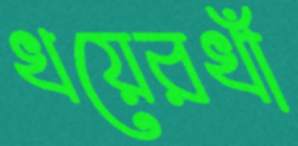
খয়েরখাঁ